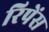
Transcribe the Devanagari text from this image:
रिपेंस